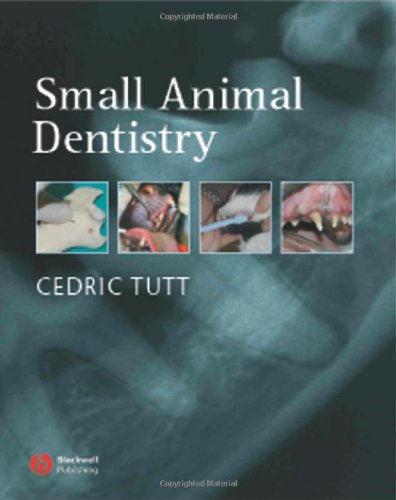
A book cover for Small Animal Dentistry, A manual of techniques; Cedric Tutt; Medical Books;